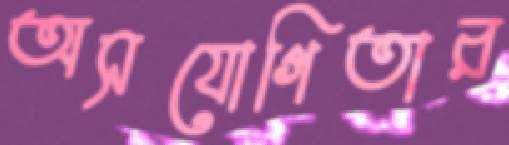
অসযোগিতার